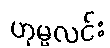
ဟုမ္မလင်း